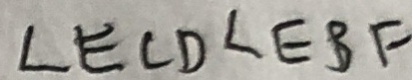
\angle E C D < E B F